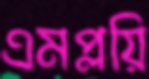
এমপ্লয়ি